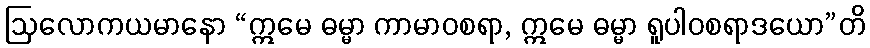
ဩလောကယမာနော “ဣမေ ဓမ္မာ ကာမာဝစရာ, ဣမေ ဓမ္မာ ရူပါဝစရာဒယော”တိ